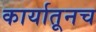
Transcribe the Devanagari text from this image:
कार्यातूनच